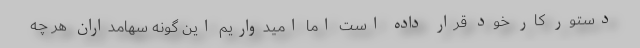
دستور کار خود قرار داده است اما امیدواریم این گونه سهامداران هر چه